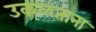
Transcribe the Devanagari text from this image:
उकळताना